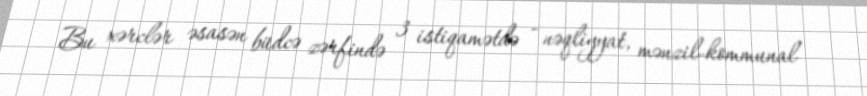
Bu xərclər əsasən büdcə zərfində 3 istiqamətdə - nəqliyyat, mənzil-kommunal